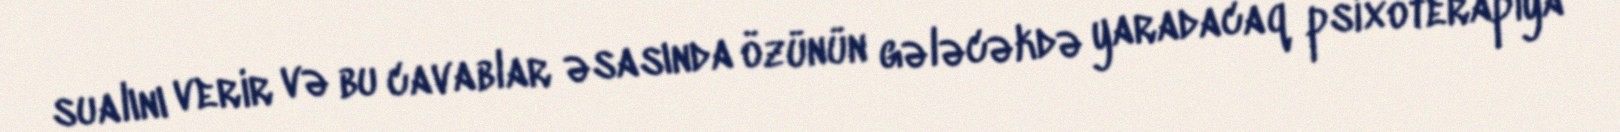
sualını verir və bu cavablar əsasında özünün gələcəkdə yaradacaq psixoterapiya